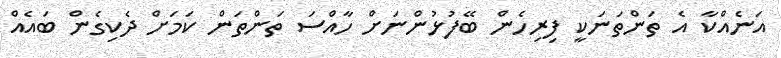
އަނެއްކާ އެ ތަންތަނަކީ ފިރިހެން ބޭފުޅުންނަށް ހާއްސަ ތަންތަން ކަަމަށް ދެކިގެން ބައެއް